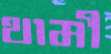
থামী